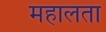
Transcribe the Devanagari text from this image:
महालता